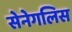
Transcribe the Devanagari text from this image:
सेनेगलिस